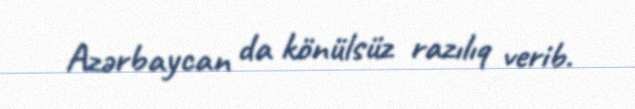
Azərbaycan da könülsüz razılıq verib.